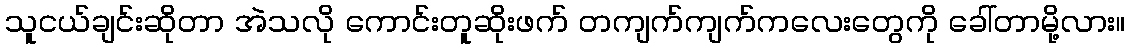
သူငယ်ချင်းဆိုတာ အဲသလို ကောင်းတူဆိုးဖက် တကျက်ကျက်ကလေးတွေကို ခေါ်တာမို့လား။